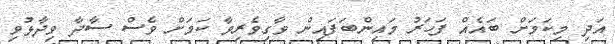
އަދި މިކަމަށް ބައެއް ފަހަރު މައިންބަފައިން ވާގިވެރިވާ ކަމަށް ވެސް ސާދާ ވިދާޅުވި